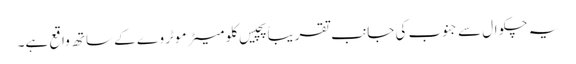
یہ چکوال سے جنوب کی جانب تقریباً پچیس کلو میٹر موٹر وے کے ساتھ واقع ہے۔